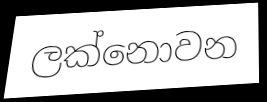
ලක්නොවන